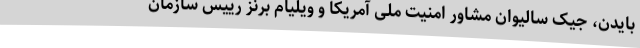
بایدن، جیک سالیوان مشاور امنیت ملی آمریکا و ویلیام برنز رییس سازمان